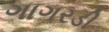
ગાગરડી